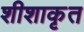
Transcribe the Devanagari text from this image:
शीशाकृत